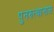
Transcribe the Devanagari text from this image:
पुनरुत्थानास